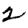
Digit: 2